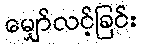
မျှော်လင့်ခြင်း